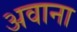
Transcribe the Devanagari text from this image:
अवाना